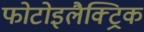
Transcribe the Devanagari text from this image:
फोटोइलैक्ट्रिक